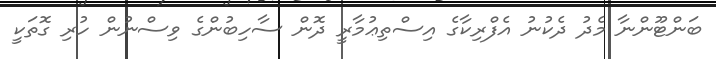
ބަންޓޫންނާ މެދު ދެކުނު އެފްރިކާގެ އިސްތިޢުމާރީ ދޮން ސާހިބުންގެ ވިސްނުން ހުރި ގޮތަކީ